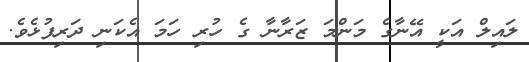
ލައިލް އަކީ އޭނާގެ މަންމަ ޒަރާނާ ގެ ހުރި ހަމަ އެކަނި ދަރިފުޅެވެ.